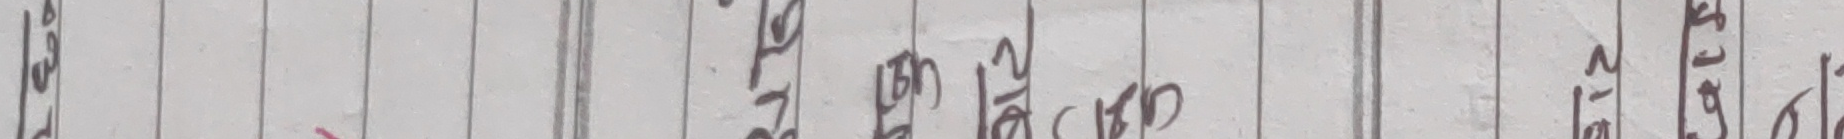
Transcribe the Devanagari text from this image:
प्र
२ २८
४ ५९
९ १२
० १५
६ १७
७
८
९